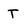
Character: T